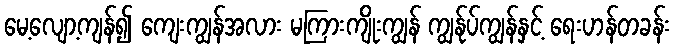
မေ့လျော့ကျန်၍ ကျေးကျွန်အလား မကြားကျိုးကျွန် ကျွန်ုပ်ကျွန်နှင့် ရေးဟန်တခန်း